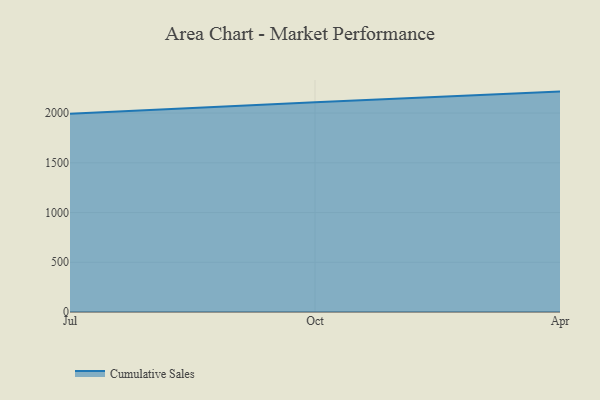
{"axis": {"x": "Month", "y": "Conversion Rate (%)"}, "legend": ["Cumulative Sales"], "data": [{"x": "Jul", "y": 1993.6, "type": "Cumulative Sales"}, {"x": "Oct", "y": 2109.4, "type": "Cumulative Sales"}, {"x": "Apr", "y": 2216.0, "type": "Cumulative Sales"}]}